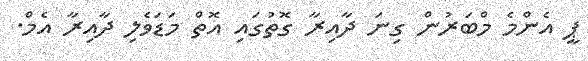
ޕީ އެންމެ މްބަރުން ގިނަ ދާއިރާ ގޮތުގައި އޮތް މަޑަވެލި ދާއިރާ އެމް.